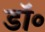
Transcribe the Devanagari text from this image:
डाॅ॰